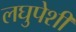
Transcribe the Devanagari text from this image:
लघुपेशी